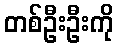
တစ်ဦးဦးကို